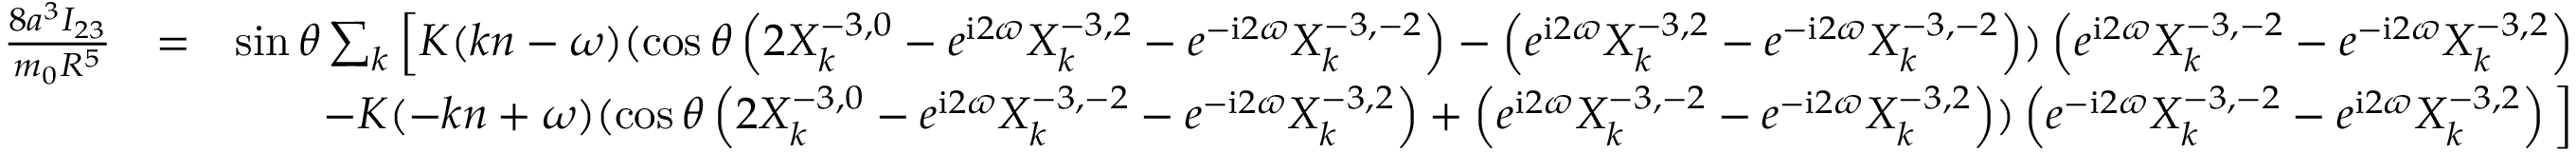
\begin{array} { r l r } { \frac { 8 a ^ { 3 } I _ { 2 3 } } { m _ { 0 } R ^ { 5 } } } & { = } & { \sin \theta \sum _ { k } \Big [ K ( k n - \omega ) ( \cos \theta \left( 2 X _ { k } ^ { - 3 , 0 } - e ^ { \mathrm { i } 2 \varpi } X _ { k } ^ { - 3 , 2 } - e ^ { - \mathrm { i } 2 \varpi } X _ { k } ^ { - 3 , - 2 } \right) - \left( e ^ { \mathrm { i } 2 \varpi } X _ { k } ^ { - 3 , 2 } - e ^ { - \mathrm { i } 2 \varpi } X _ { k } ^ { - 3 , - 2 } \right) ) \left( e ^ { \mathrm { i } 2 \varpi } X _ { k } ^ { - 3 , - 2 } - e ^ { - \mathrm { i } 2 \varpi } X _ { k } ^ { - 3 , 2 } \right) } \\ & { } & { - K ( - k n + \omega ) ( \cos \theta \left( 2 X _ { k } ^ { - 3 , 0 } - e ^ { \mathrm { i } 2 \varpi } X _ { k } ^ { - 3 , - 2 } - e ^ { - \mathrm { i } 2 \varpi } X _ { k } ^ { - 3 , 2 } \right) + \left( e ^ { \mathrm { i } 2 \varpi } X _ { k } ^ { - 3 , - 2 } - e ^ { - \mathrm { i } 2 \varpi } X _ { k } ^ { - 3 , 2 } \right) ) \left( e ^ { - \mathrm { i } 2 \varpi } X _ { k } ^ { - 3 , - 2 } - e ^ { \mathrm { i } 2 \varpi } X _ { k } ^ { - 3 , 2 } \right) \Big ] } \end{array}